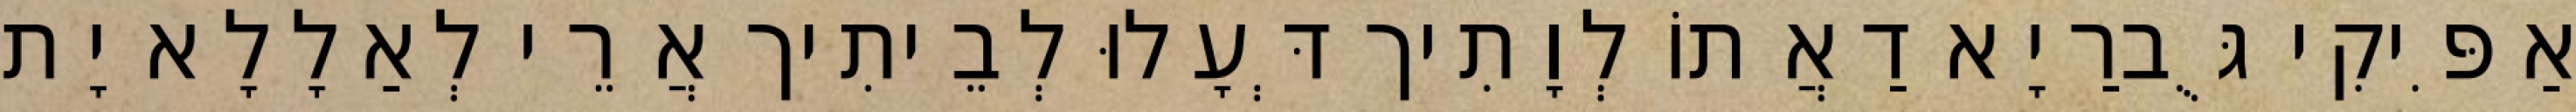
אַפִּיקִי גֻּברַיָא דַאֲתוֹ לְוָתִיך דְּעָלוּ לְבֵיתִיך אֲרֵי לְאַלָלָא יָת